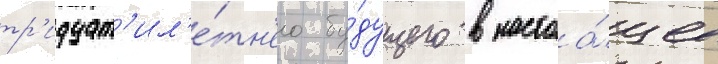
тр'идцат'ил'е́тн'его бу́дущего в настоа́щее